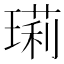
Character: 㻳